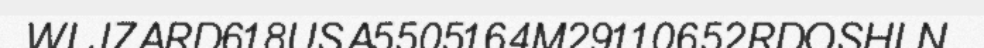
WLJZARD618USA5505164M29110652RDOSHLN